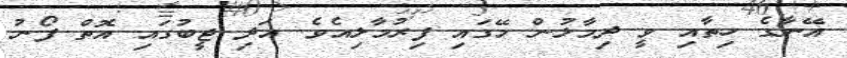
އޭނާގެ ހިތާއި ވީ ދިމާލުން މޭގައި ފިރުމާލިއެވެ. އަދި ޖީބުގައި އޮތް ފޯނު